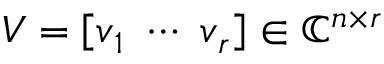
V = \left[ \b { v } _ { 1 } \ \cdots \ \b { v } _ { r } \right] \in \mathbb { C } ^ { n \times r }